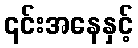
၎င်းအနေနှင့်